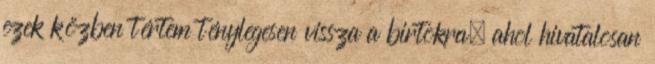
ezek közben tértem ténylegesen vissza a birtokra, ahol hivatalosan